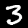
Label: 3